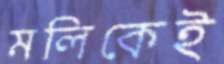
মলিকেই